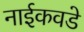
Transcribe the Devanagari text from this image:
नाईकवडे